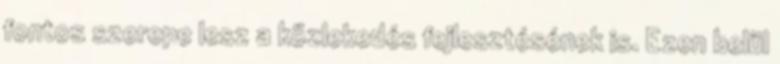
fontos szerepe lesz a közlekedés fejlesztésének is. Ezen belül